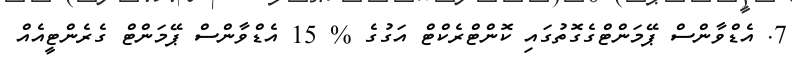
7. އެޑްވާންސް ޕޭމަންޓްގެގޮތުގައި ކޮންޓްރެކްޓް އަގުގެ % 15 އެޑްވާންސް ޕޭމަންޓް ގެރެންޓީއެއް